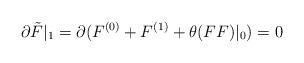
LaTeX: \begin{align*}\partial\tilde{F}|_1=\partial(F^{(0)}+F^{(1)}+\theta(FF)|_0)=0\end{align*}